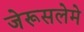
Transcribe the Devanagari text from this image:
जेरूसलेमे